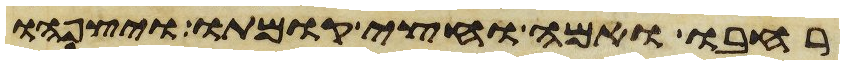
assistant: רחבו ואמה וחצי קומתו ויצפהו